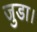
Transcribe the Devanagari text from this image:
जुडा।